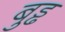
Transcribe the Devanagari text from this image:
बुड्ढ